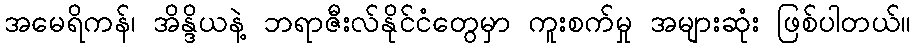
အမေရိကန်၊ အိန္ဒိယနဲ့ ဘရာဇီးလ်နိုင်ငံတွေမှာ ကူးစက်မှု အများဆုံး ဖြစ်ပါတယ်။